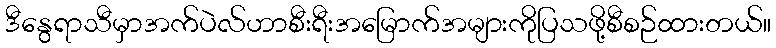
ဒီနွေရာသီမှာအက်ပဲလ်ဟာစီးရီးအမြောက်အများကိုပြသဖို့စီစဉ်ထားတယ်။